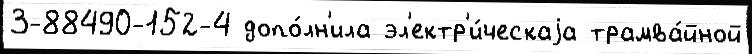
3-88490-152-4 допо́лн'ила эл'ектр'и́ческаjа трамва́йной